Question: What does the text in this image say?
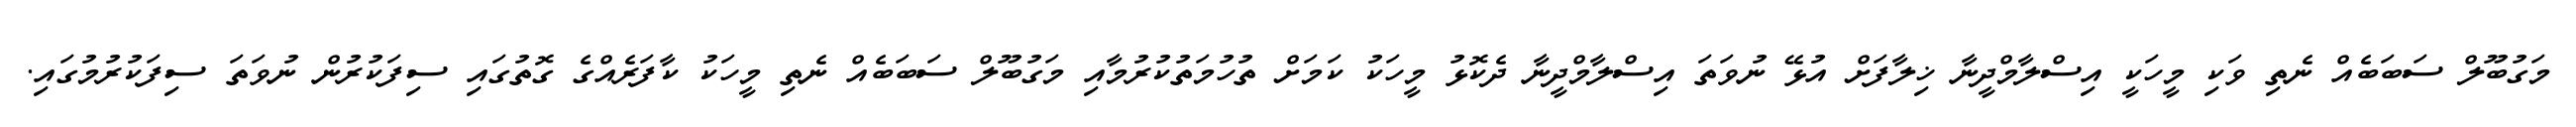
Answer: މަގުބޫލް ސަބަބެއް ނެތި ވަކި މީހަކީ އިސްލާމްދީނާ ޚިލާފަށް އުޅޭ ނުވަތަ އިސްލާމްދީނާ ދެކޮޅު މީހަކު ކަމަށް ތުހުމަތުކުރުމާއި މަގުބޫލް ސަބަބެއް ނެތި މީހަކު ކާފަރެއްގެ ގޮތުގައި ސިފަކުރުން ނުވަތަ ސިފަކުރުމުގައި.